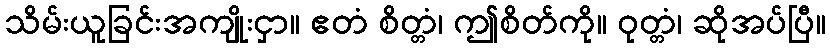
သိမ်းယူခြင်းအကျိုးငှာ။ ဧတံ စိတ္တံ၊ ဤစိတ်ကို။ ဝုတ္တံ၊ ဆိုအပ်ပြီ။